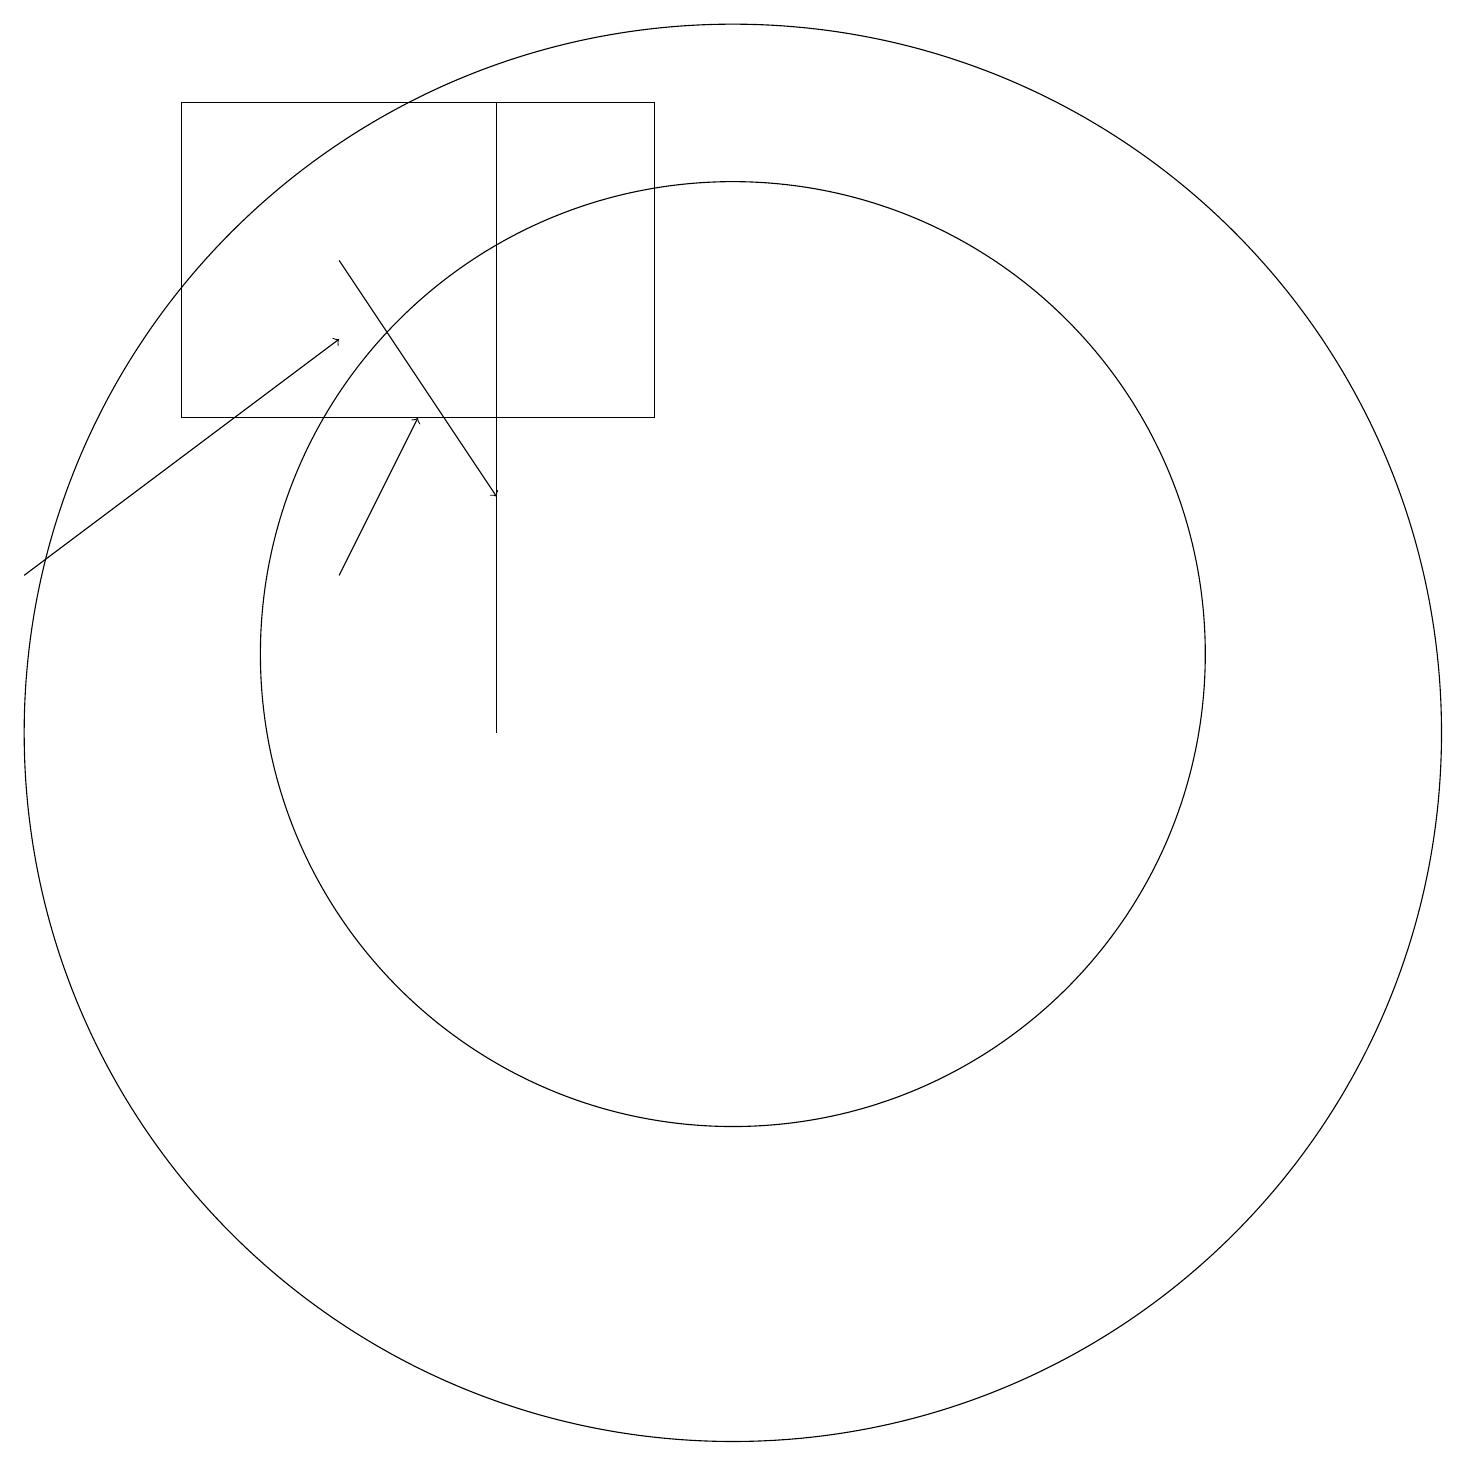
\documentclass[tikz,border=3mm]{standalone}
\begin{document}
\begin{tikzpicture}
\draw (7,11) rectangle (7,19);
\draw[->] (5,13) -- (6,15);
\draw (10,12) circle (6);
\draw (9,19) rectangle (3,15);
\draw[->] (5,17) -- (7,14);
\draw[->] (1,13) -- (5,16);
\draw (10,11) circle (9);
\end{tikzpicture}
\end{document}